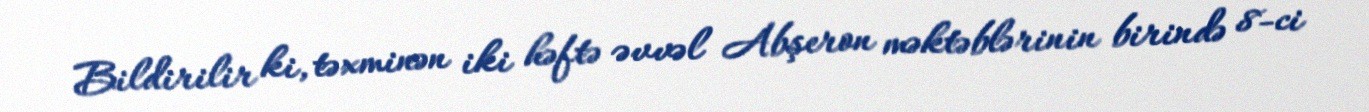
Bildirilir ki, təxminən iki həftə əvvəl Abşeron məktəblərinin birində 8-ci